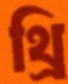
থ্রি